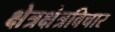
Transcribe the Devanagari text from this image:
क्षेत्रक्षेत्रविचार